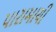
પારામાચી